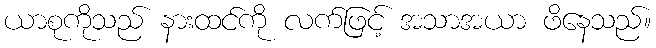
ယာစုကိုသည် နားထင်ကို လက်ဖြင့် အသာအယာ ဖိနေသည်။